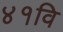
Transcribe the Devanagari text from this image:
४१वि